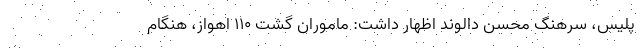
پلیس، سرهنگ محسن دالوند اظهار داشت: ماموران گشت 110 اهواز، هنگام